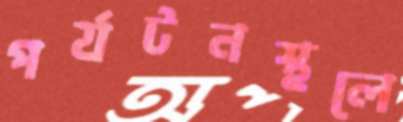
পর্যটনস্থলে